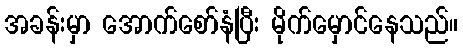
အခန်းမှာ အောက်စော်နံပြီး မိုက်မှောင်နေသည်။